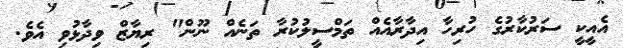
އެއީކީ ސަރުކާރުގެ ހުރިހާ އިދާރާއެއް ތަމްސީލުކުރާ ތަނެއް ނޫން" ރިޔާޒް ވިދާޅުވި އެވެ.